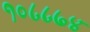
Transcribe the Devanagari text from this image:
१०८८७४